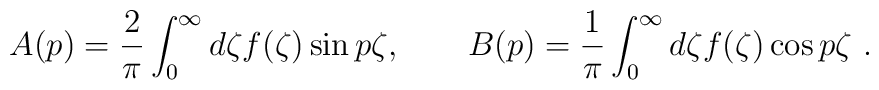
A(p)=\frac2\pi \int^\infty_0 d\zeta f(\zeta)\sin p\zeta, \qquad B(p) =\frac1\pi\int^\infty_0 d\zeta f(\zeta)\cos p\zeta\ .